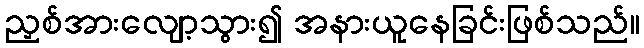
ညှစ်အားလျော့သွား၍ အနားယူနေခြင်းဖြစ်သည်။